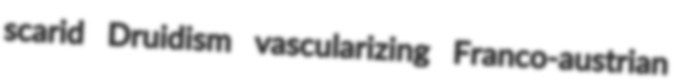
scarid Druidism vascularizing Franco-austrian